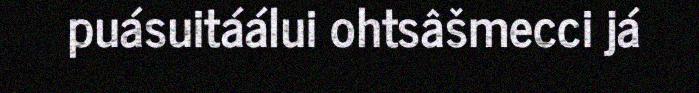
puásuitáálui ohtsâšmecci já